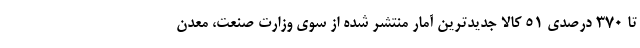
تا ۳۷۰ درصدی ۵۱ کالا جدیدترین آمار منتشر شده از سوی وزارت صنعت، معدن